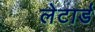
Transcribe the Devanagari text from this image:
लेटार्ड